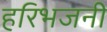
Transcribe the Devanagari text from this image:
हरिभजनी